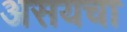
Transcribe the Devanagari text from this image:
असयचा